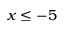
x \le - 5